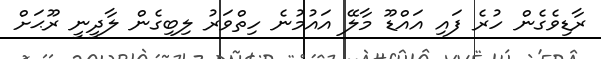
ރާޑިވެގެން ހުރެ ފައި އައްޑޫ މާލޭ އައުމުނެ ހިތްވަރު ލިބިގެން ލާދީނީ ރޫޙަށް